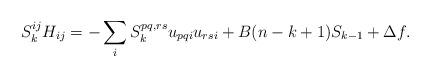
LaTeX: \begin{align*}S_k^{ij} H_{ij} = -\sum_i S_k^{pq,rs}u_{pqi}u_{rsi} + B (n - k + 1) S_{k-1} + \Delta f.\end{align*}